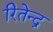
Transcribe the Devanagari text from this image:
रितेन्द्र